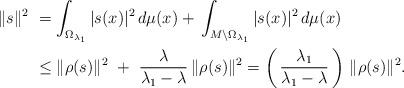
LaTeX: \begin{align*}\begin{aligned}\|s\|^2\ & = \int_{\Omega_{\lambda_1}} |s(x)|^2\, d\mu(x)+\,\int_{M\setminus \Omega_{\lambda_1}} |s(x)|^2\, d\mu(x)\\&\leq \|\rho(s)\|^2\ +\ \frac{\lambda}{\lambda_1-\lambda}\,\|\rho(s)\|^2= \left(\,\frac{\lambda_1}{\lambda_1-\lambda}\,\right)\, \|\rho(s)\|^2.\end{aligned}\end{align*}